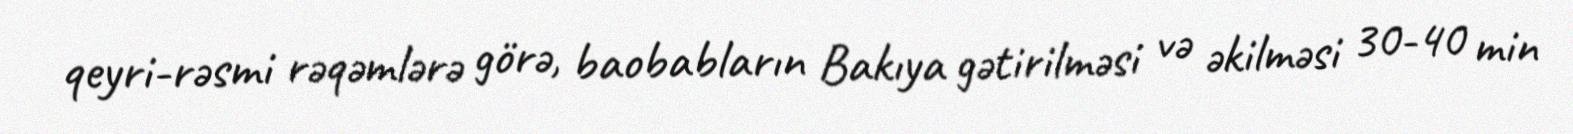
qeyri-rəsmi rəqəmlərə görə, baobabların Bakıya gətirilməsi və əkilməsi 30-40 min